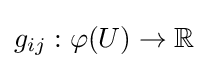
g_{ij}:\varphi (U)\rightarrow \mathbb {R}